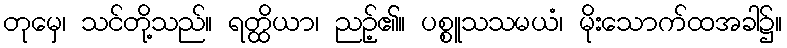
တုမှေ၊ သင်တို့သည်။ ရတ္ထိယာ၊ ညဉ့်၏။ ပစ္စူသသမယံ၊ မိုးသောက်ထအခါ၌။